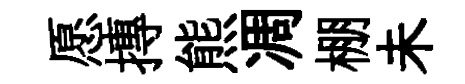
愿摶熊凋棚未